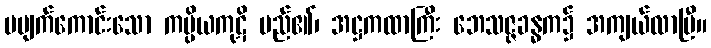
မပျက်ကောင်းသော ကပ္ပိယကုဋိ မည်၏၊ အဋ္ဌကထာကြီး ဘေသဇ္ဇခန္ဓက၌ အကျယ်လာပြီ။